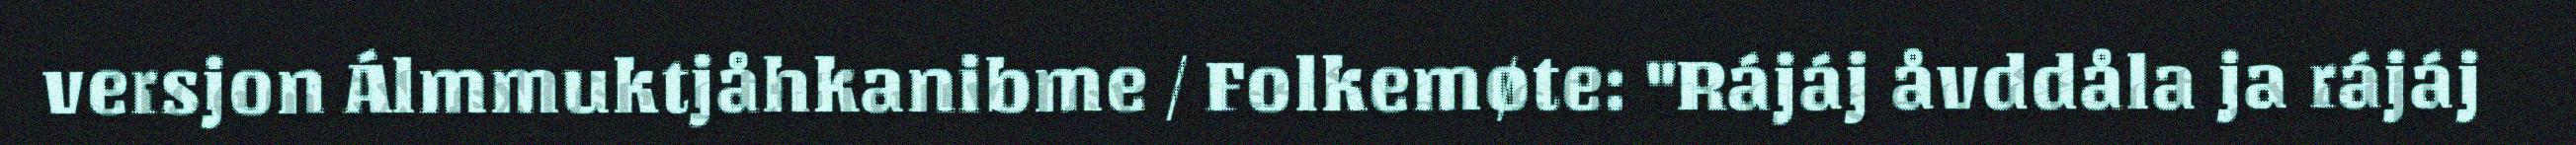
versjon Álmmuktjåhkanibme / Folkemøte: "Rájáj åvddåla ja rájáj